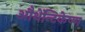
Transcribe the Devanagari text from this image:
औथेंन्टिकेष्ण